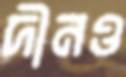
দীনও